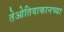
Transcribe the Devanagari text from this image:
तेओतिवाकानच्या